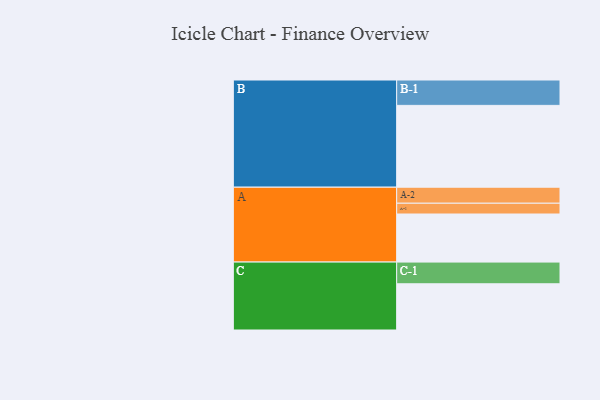
{"axis": {"x": "Segment", "y": "Value"}, "legend": ["", "A", "B", "C"], "data": [{"x": "A", "y": 339, "type": ""}, {"x": "B", "y": 577, "type": ""}, {"x": "C", "y": 326, "type": ""}, {"x": "A-1", "y": 76, "type": "A"}, {"x": "A-2", "y": 113, "type": "A"}, {"x": "B-1", "y": 179, "type": "B"}, {"x": "C-1", "y": 153, "type": "C"}]}